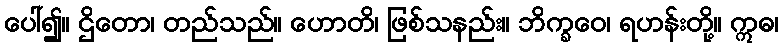
ပေါ်၍။ ဌိတော၊ တည်သည်။ ဟောတိ၊ ဖြစ်သနည်း။ ဘိက္ခဝေ၊ ရဟန်းတို့။ ဣဓ၊